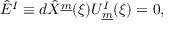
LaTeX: \hat { E } ^ { I } \equiv d \hat { X } ^ { \underline { { { m } } } } ( \xi ) U _ { \underline { { { m } } } } ^ { I } ( \xi ) = 0 , \qquad